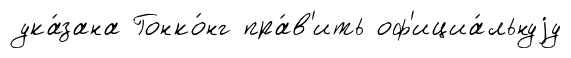
ука́зана Гонко́нг пра́в'ить оф'ициа́льнуjу